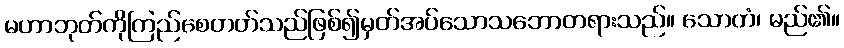
မဟာဘုတ်ကိုကြည်စေတတ်သည်ဖြစ်၍မှတ်အပ်သောသဘောတရားသည်။ သောတံ၊ မည်၏။